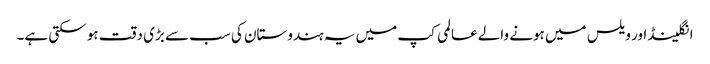
انگلینڈ اور ویلس میں ہونے والے عالمی کپ میں یہ ہندوستان کی سب سے بڑی دقت ہو سکتی ہے۔